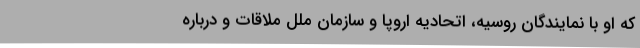
که او با نمایندگان روسیه، اتحادیه اروپا و سازمان ملل ملاقات و درباره